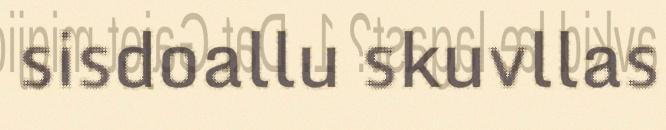
sisdoallu skuvllas